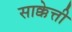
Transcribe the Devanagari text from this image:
साक्केत्ती